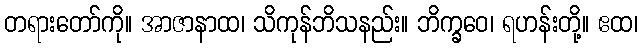
တရားတော်ကို။ အာဇာနာထ၊ သိကုန်ဘိသနည်း။ ဘိက္ခဝေ၊ ရဟန်းတို့။ ဧထ၊